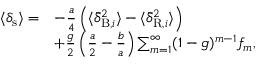
\begin{array} { r l } { \langle \delta _ { \mathrm { s } } \rangle = } & { - \frac { a } { 4 } \left( \langle \bar { \delta } _ { \mathrm { B } , i } ^ { 2 } \rangle - \langle \bar { \delta } _ { \mathrm { R } , i } ^ { 2 } \rangle \right) } \\ & { + \frac { g } { 2 } \left( \frac { a } { 2 } - \frac { b } { a } \right) \sum _ { m = 1 } ^ { \infty } ( 1 - g ) ^ { m - 1 } f _ { m } , } \end{array}